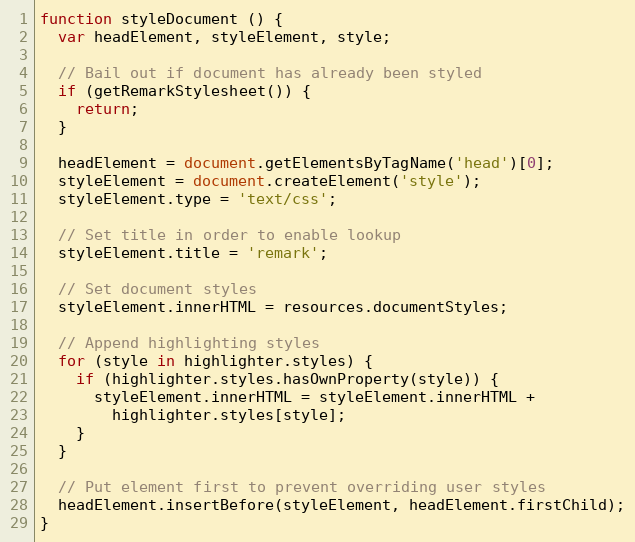
Language: JavaScript
function styleDocument () {
  var headElement, styleElement, style;

  // Bail out if document has already been styled
  if (getRemarkStylesheet()) {
    return;
  }

  headElement = document.getElementsByTagName('head')[0];
  styleElement = document.createElement('style');
  styleElement.type = 'text/css';

  // Set title in order to enable lookup
  styleElement.title = 'remark';

  // Set document styles
  styleElement.innerHTML = resources.documentStyles;

  // Append highlighting styles
  for (style in highlighter.styles) {
    if (highlighter.styles.hasOwnProperty(style)) {
      styleElement.innerHTML = styleElement.innerHTML +
        highlighter.styles[style];
    }
  }

  // Put element first to prevent overriding user styles
  headElement.insertBefore(styleElement, headElement.firstChild);
}